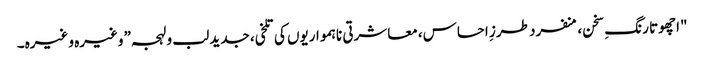
"اچھوتا رنگِ سخن، منفرد طرزِ احساس، معاشرتی ناہمواریوں کی تلخی، جدید لب و لہجہ” وغیرہ وغیرہ۔